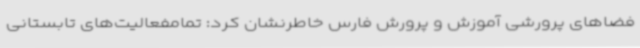
فضاهای پرورشی آموزش و پرورش فارس خاطرنشان کرد: تمامفعالیت‌های تابستانی